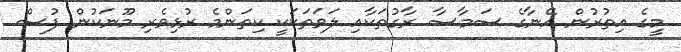
މީގެ އިތުރުން އޭނާގެ ސަމާސާ ރާގުތަކާއި ލަވަތަކަކީ ކިތަންމެ ރުޅިވެރި މޫނަކުން ފުސް